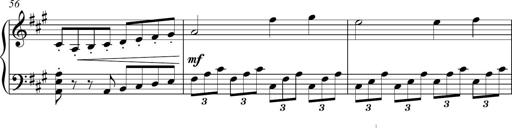
Title: Piano Sonatina in A major
Composer: Z Q Sysmoebius
Key: A major